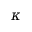
\kappa